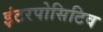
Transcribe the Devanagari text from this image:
इंटरपोसिटिव